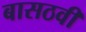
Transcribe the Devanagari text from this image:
बासठवीं